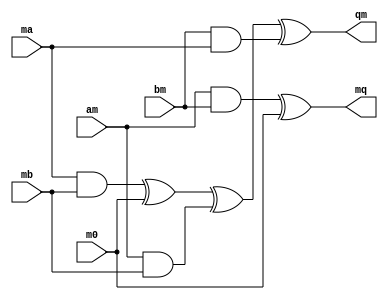
module mul_isw (am, ma, bm, mb, m0, qm, mq);

  input      am;

  input      ma;

  input      bm;

  input      mb;

  input      m0;

  output     qm;

  output     mq;

 

  wire      am;

  wire      ma;

  wire      bm;

  wire      mb;

  wire      m0;

  reg     qm;

  reg     mq;

 

  assign qm = (ma & mb) ^ m0 ^ (am & mb) ^ (bm & ma);

  assign mq = (am & bm)  ^ m0;

 

endmodule